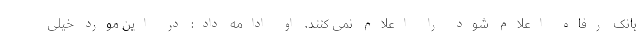
بانک رفاه اعلام شود را اعلام نمی کنند. او ادامه داد: در این مورد خیلی